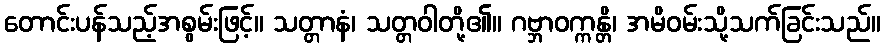
တောင်းပန်သည့်အစွမ်းဖြင့်။ သတ္တာနံ၊ သတ္တဝါတို့၏။ ဂဗ္ဘာဝက္ကန္တိ၊ အမိဝမ်းသို့သက်ခြင်းသည်။